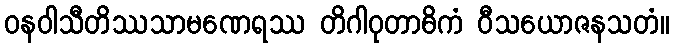
ဝနဝါသီတိဿသာမဏေရဿ တိဂါဝုတာဓိကံ ဝီသယောဇနသတံ။